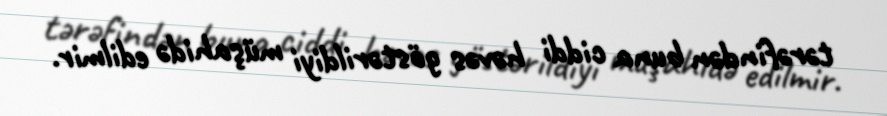
tərəfindən buna ciddi həvəs göstərildiyi müşahidə edilmir.